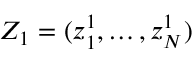
Z _ { 1 } = ( z _ { 1 } ^ { 1 } , \dots , z _ { N } ^ { 1 } )